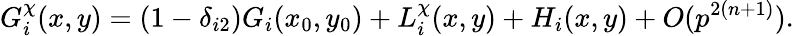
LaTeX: G_{i}^{\chi}(x,y)=(1-\delta_{i2})G_{i}(x_{0},y_{0})+L_{i}^{\chi}(x,y)+H_{i}(x,y)+O(p^{2(n+1)}).